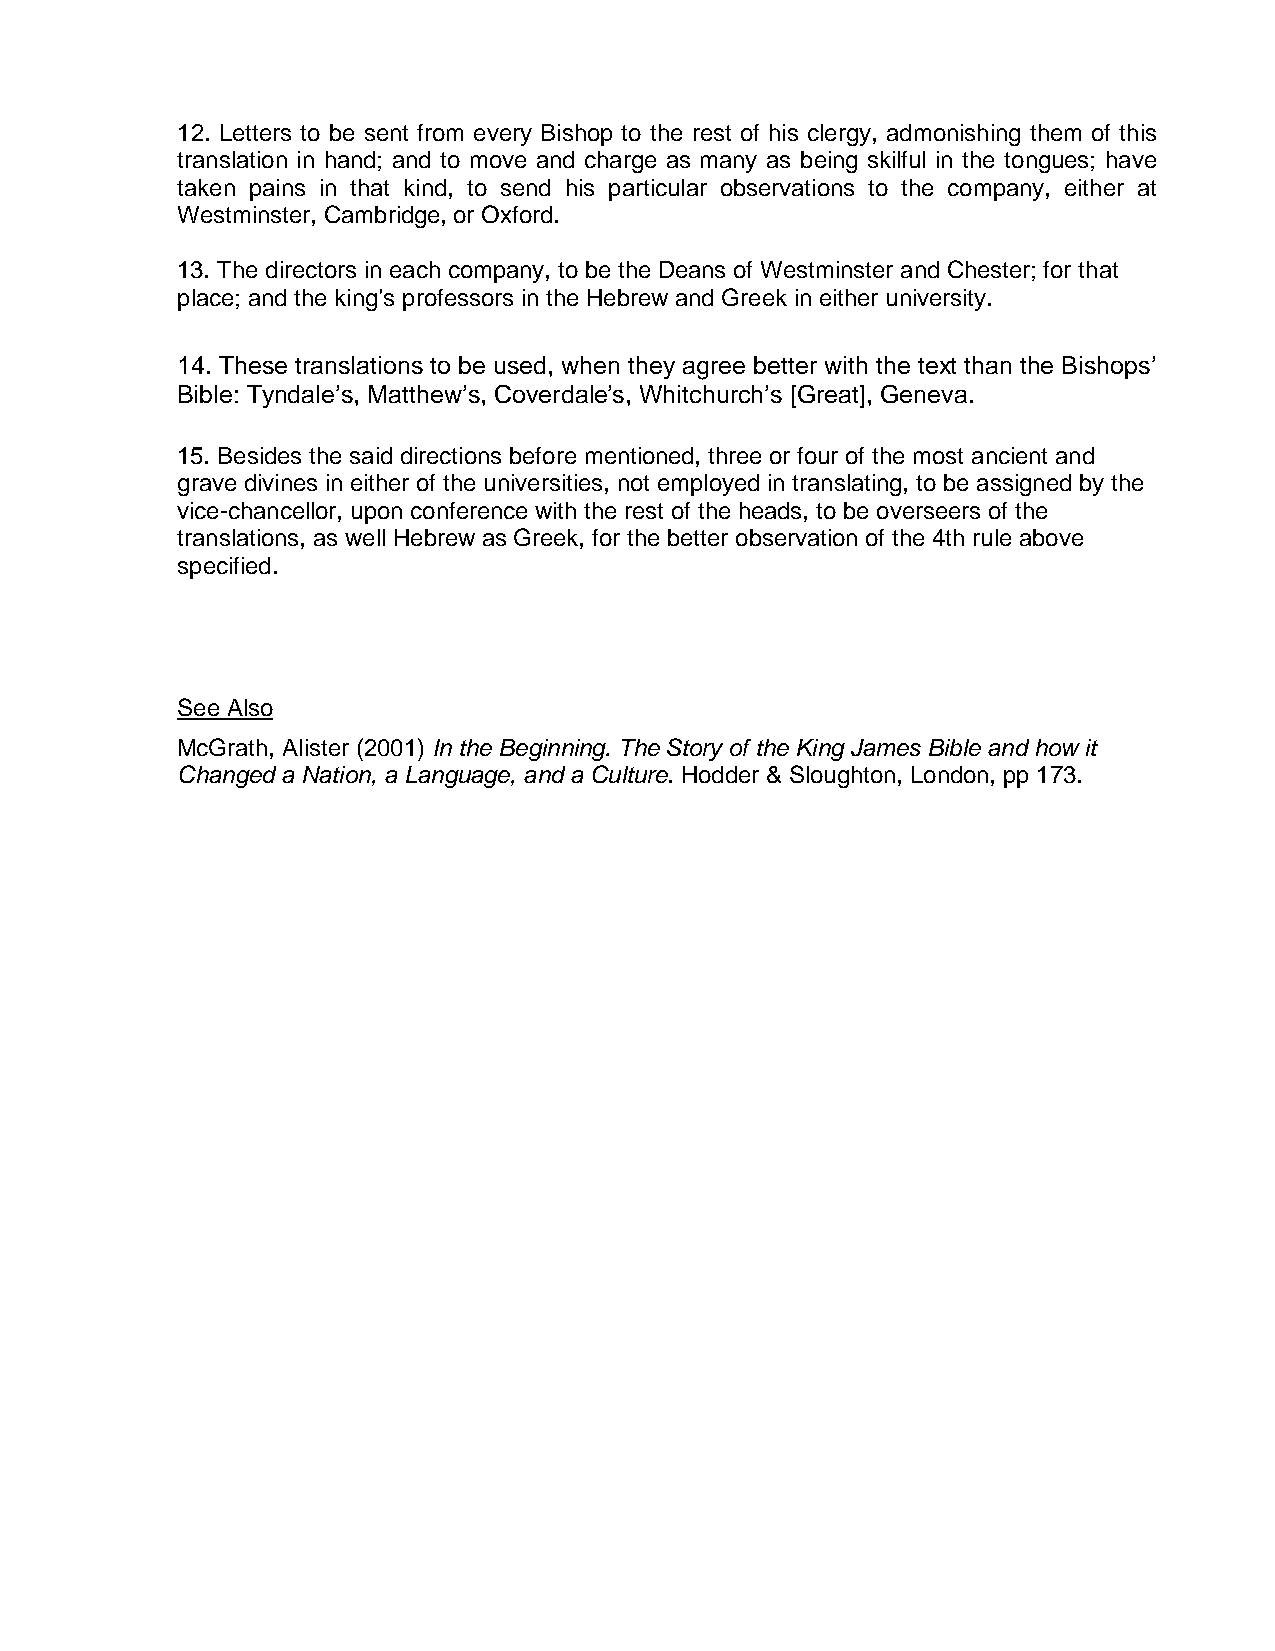
12. Letters to be sent from every Bishop to the rest of his clergy, admonishing them of this
 translation in hand; and to move and charge as many as being skilful in the tongues; have
 taken pains in that kind, to send his particular observations to the company, either at
 Westminster, Cambridge, or Oxford.
 13. The directors in each company, to be the Deans of Westminster and Chester; for that
 place; and the king’s professors in the Hebrew and Greek in either university.
 14. These translations to be used, when they agree better with the text than the Bishops’
 Bible: Tyndale’s, Matthew’s, Coverdale’s, Whitchurch’s [Great], Geneva.
 15. Besides the said directions before mentioned, three or four of the most ancient and
 grave divines in either of the universities, not employed in translating, to be assigned by the
 vice-chancellor, upon conference with the rest of the heads, to be overseers of the
 translations, as well Hebrew as Greek, for the better observation of the 4th rule above
 specified.
 See Also
 McGrath, Alister (2001) In the Beginning. The Story of the King James Bible and how it
 Changed a Nation, a Language, and a Culture. Hodder & Sloughton, London, pp 173.